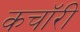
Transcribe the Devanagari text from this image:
कचॉरी